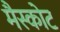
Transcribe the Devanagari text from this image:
मैस्कोट